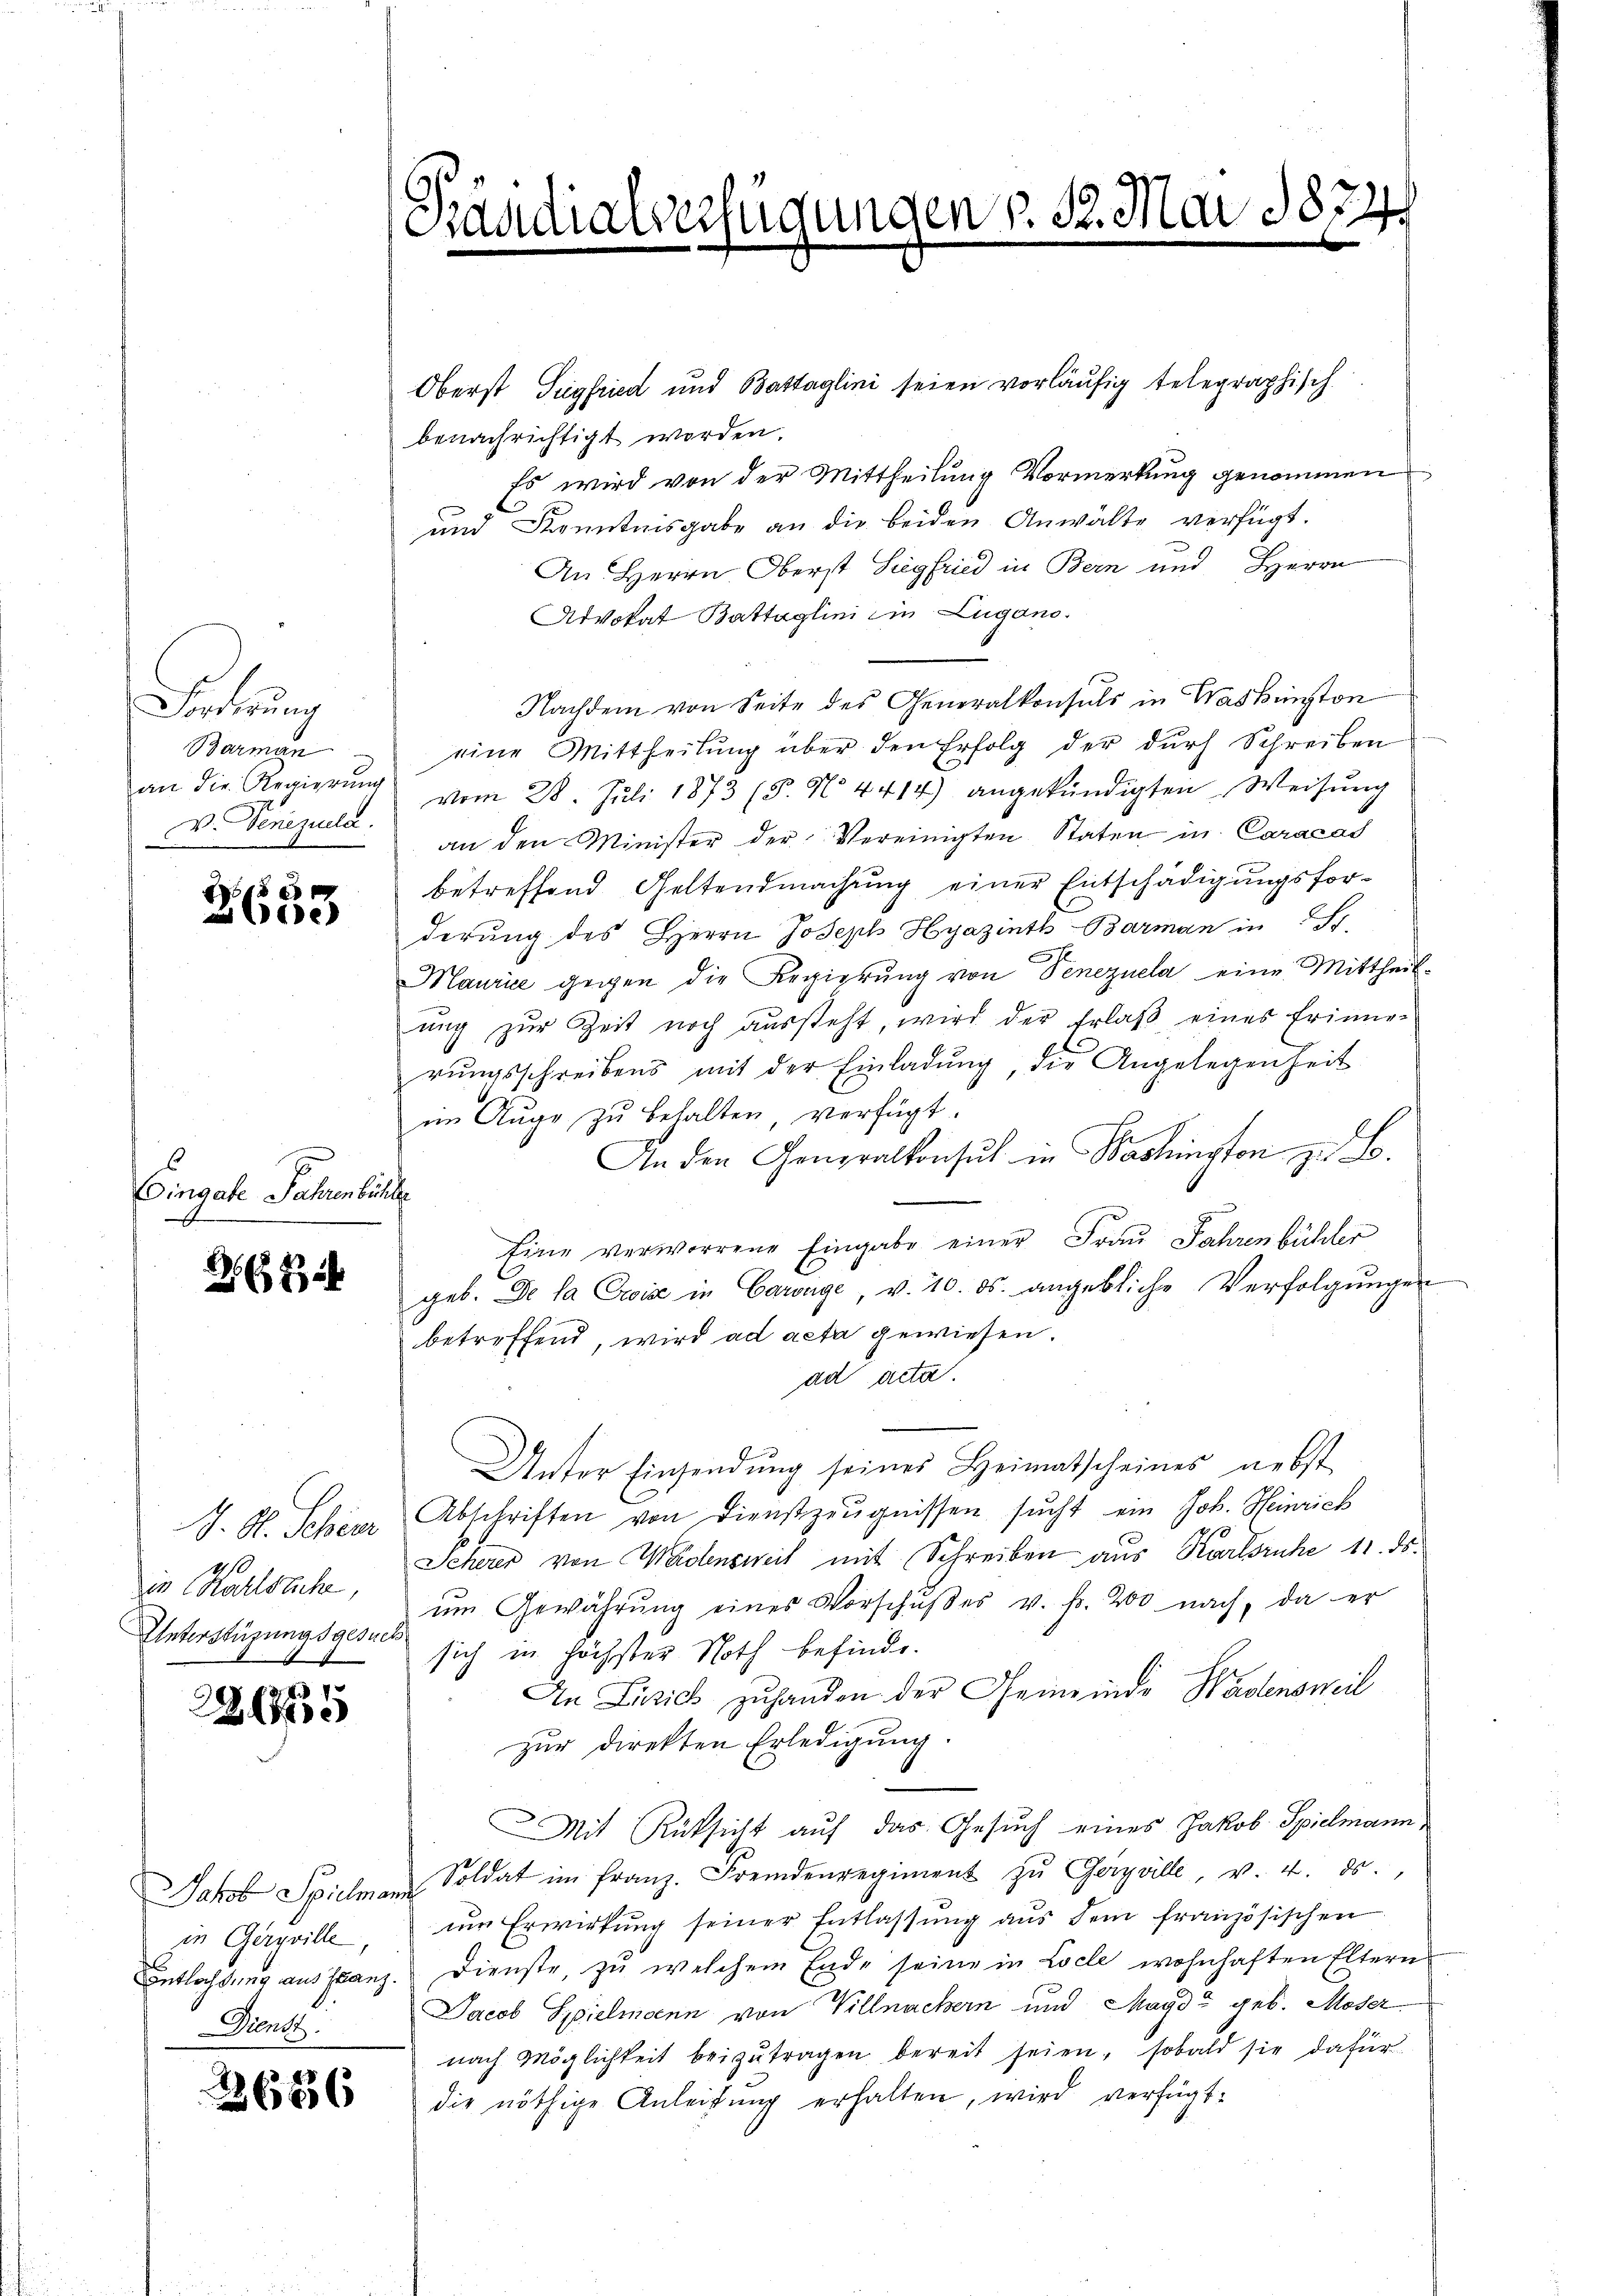
Wuhrung
Barman
v. Venezuela

e
e

Eingabe Jahren büchler

2 x 2

J. H. Schier
14/
eie Haltstiche,
Unterstüzungsgesuch

221765

in Gerville,
Dienst

2686

Staudiarverfügungen §. 32. Mai 1874.

Oberst Siegfried und Battaglini seien vorläufig telegraphisch
benachrichtigt worden.
Es wird von der Mittheilung Vormerkung genommen
und Kenntnisgabe an die beiden Anwälte verfügt.
An Herrn Oberst Siegfried in Bern und Herrn
Advokat Battaglini ein Lugano.
Nachdem von Seite des Generalkonsuls in Waskünsten
eine Mittheilŭng über den Erfolg der dŭrch Schreiben
an die Regierŭng vom 28. Juli 1873 (5. No 4414) angekündigten Weisŭng
an den Minister der Vereinigten Staten in Caracad
betreffend Geltendmachung einer Entschädigungsforderung des Herrn Joseph Hyazinth-Barman in St.
Maurice gegen die Regierung von Venezuela eine Mittheilung zur Zeit noch aussteht, wird der Erlaß eines Erinnerŭngsschreibens mit der Einladŭng, die Angelegenheit
im Auge zŭ behalten, verfügt:
An den Generalkonsul in Washington zu B.
Eine verworrene Eingabe einer Frau Jahrenbühler
geb. De la Eise in Carage, v. 10. ds. angebliche Verfolgŭngen
betreffend, wird ad acta gewiesen.
ad acta.
Unter Einsendŭng seines Heimatscheines nebst
Abschriften von Dienstzeŭgnissen sŭcht ein Joh. Heinrich
Scherer von Wädensweil mit Schreiben aus Karlsruhe 11. ds.
ŭm Gewährŭng eines Vorschŭβes v. fr. 200 nach, da er
sich in höchster Noth befinde.
In Lisich zuhanden der Gemeinde Wädensweil
zur Direkten Erledigung.
Mit Rücksicht auf das Gesuch eines Jakob Spielmann,
Jakob Spielmann Soldat im Franz. Fremdenregiment zŭ Gerville, v. 4. ds.
um Erwirkung seiner Entlassung aus dem französischen
Entlastung aus stanz. Dienste, zŭ welchem Ende seine in Locle wohnhaften Eltern
Jacob Spielmann von Villnachern und Magd geb. Moser
nach Möglichkeit beizutragen bereit seien, sobald sie dafür
die nöthige Anleitung erhalten, wird verfügt: